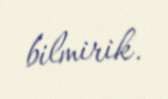
bilmirik.